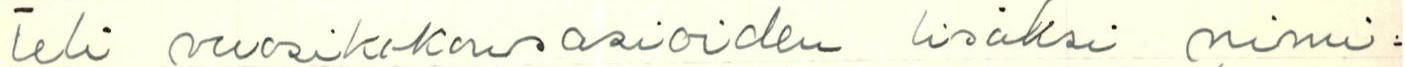
teli vuosikokousasioiden lisäksi nimi=